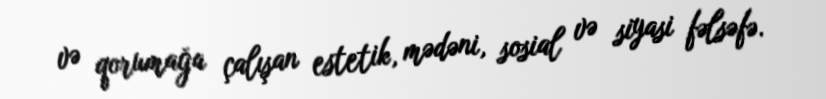
və qorumağa çalışan estetik, mədəni, sosial və siyasi fəlsəfə.